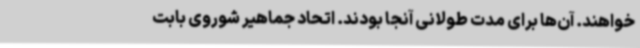
‌خواهند. آن‌ها برای مدت طولانی آنجا بودند. اتحاد جماهیر شوروی بابت